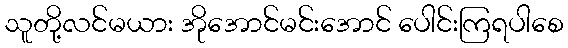
သူတို့လင်မယား အိုအောင်မင်းအောင် ပေါင်းကြရပါစေ